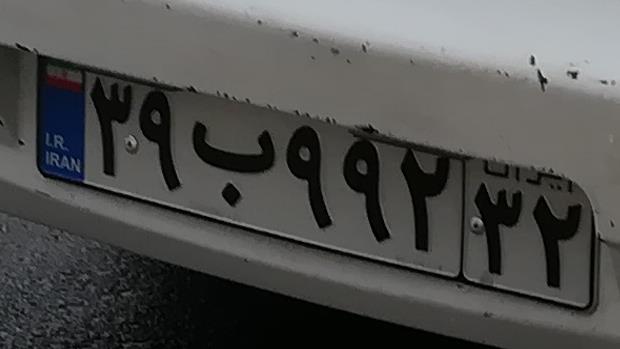
۳۹ب۹۹۲۳۲